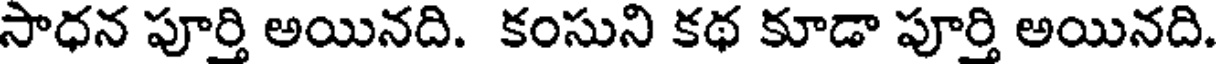
సాధన పూర్తి అయినది. కంసుని కథ కూడా పూర్తి అయినది.